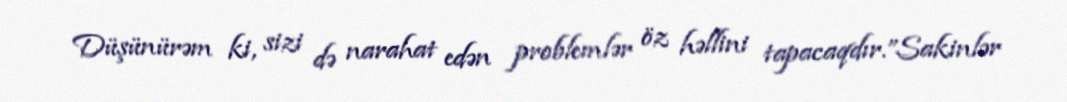
Düşünürəm ki, sizi də narahat edən problemlər öz həllini tapacaqdır.”Sakinlər